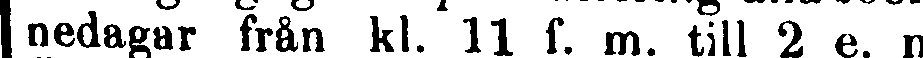
nedagar från kl. 11 f. m. till 2 e. m.